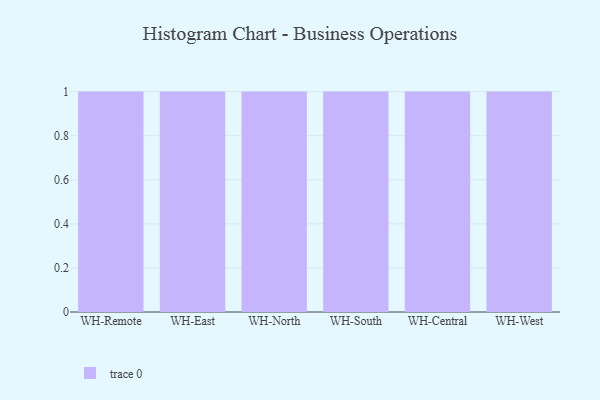
{"axis": {"x": "Warehouse", "y": "Gross Profit (USD K)"}, "legend": [""], "data": [{"x": "WH-Remote", "y": 57, "type": ""}, {"x": "WH-East", "y": 44, "type": ""}, {"x": "WH-North", "y": 45, "type": ""}, {"x": "WH-South", "y": 100, "type": ""}, {"x": "WH-Central", "y": 98, "type": ""}, {"x": "WH-West", "y": 77, "type": ""}]}